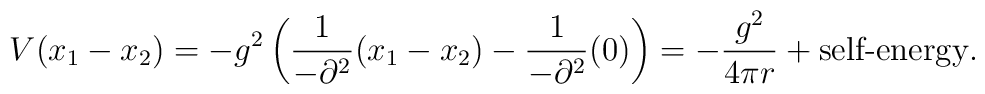
V(x_1-x_2)=-g^2\left(\frac{1}{-\partial ^2}(x_1-x_2)-\frac{1}{-\partial ^2}(0)\right)=-\frac{g^2}{4\pi r}+\mbox {self-energy}.